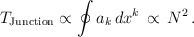
\begin{align*}T_{\rm Junction} \propto \oint a_k \, dx^k \, \propto\, N^2\, .\end{align*}